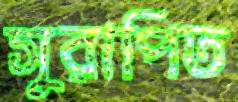
সুরাপিত